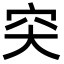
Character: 𥤮